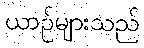
ယာဉ်များသည်